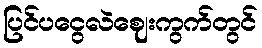
ပြင်ပငွေလဲဈေးကွက်တွင်